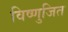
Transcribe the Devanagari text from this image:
विष्णुजित